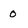
Character: 0